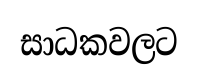
සාධකවලට